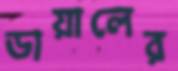
ডায়ালের